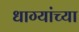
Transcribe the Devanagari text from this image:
धाग्यांच्या